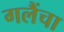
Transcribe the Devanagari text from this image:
गलैंचा